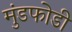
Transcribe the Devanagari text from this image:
मुंडफोडी